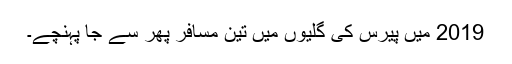
2019 میں پیرس کی گلیوں میں تین مسافر پھر سے جا پہنچے۔